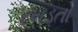
રખડતો